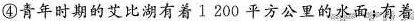
④青年时期的艾比湖有着1200平方公里的水面；有着